Annual report on the health of the army in India
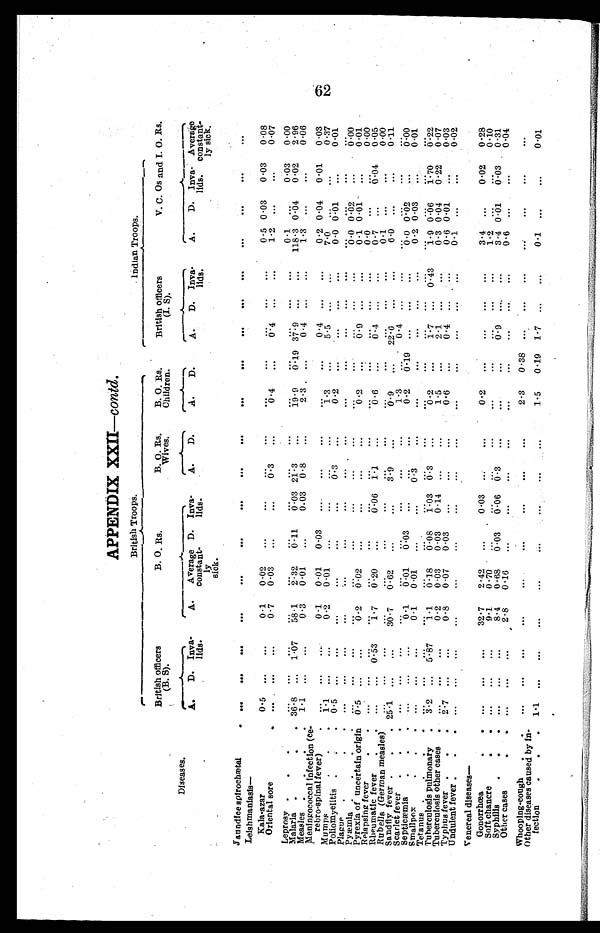
APPENDIX XXII... contd.
British Troops.
Indian Troops.
British officers
(B. S).
B. O. Rs.
B. O. Rs.
Wives.
B. O. Rs.
Children.
British officers
(I. S).
V. C. Os and I. O. Rs.
Diseases.
A. D. Inva...
lids.
A. Average
const ant...
sick.
D. Inva...
lids...
A.
D.
A. D.
A. D. Inva...
lids.
A.
D. Inva...
lids.
Average
constant...
sick.
Jaundice spirochœtal
. . . ...
. . .
...
. . . .
...
...
....
...
...
...
...
...
. . .
...
. ..
...
...
Leishmaniasis —
Kala...azar
0.5
0.1 0.02 ..
...
0.5 0 . 03 0 .03 0.08
Oriental sore
0.7 0 .03 ...
...
0.3 ...
0 . 4
0.4
1 . 2 ...
... 0.07
Leprosy .
..
' . .
0.1 . .
0 .03 0.00
Malaria .
. 36.8 . . . 1.07 58.1
2.32 0.11
0.03
2 1 . 3 ::
19.9
0.19
3 7 . 9 . . . . : ... 118.3 0.04 0 . 022.96
.
Measles
1.1
...
0.3 0.01 ...
0.03 0 . 8 ...
2.3. ...
0.4 ...
...
1.3 ...
...
0.06
.
.
.
.
Meningococcal Infection (ce...
...
0 .01 0 . 01 0.03
rebro...spinal fever) . ...
...
0.1 0.01 0 ...03 ....
...
...
0.4
0.2
0 . . . 37
Mumps
1.1
0 ...2 0 ...01 ...
...
7...0 .
6...61
0.01
Poliomyelitis .
. 0 . 5 ...
...
...
...
...
0.3
:::
0.2 ...
...
...
...
0.0 0.01 ... 0.01
Plague.
.
. . .
.,.
." ."
.
. '
...
...
... . . ... .
"'
...6...0 0 ... 62
...
0.00
Pyœmia .
.
.
. ...
...
...
.
...
...
0.0 0.02 . . . . . .
0 .00
Pyrexia of uncertain origin 0.5 ...
...
0 . 2 0.02 :::
...
...
...
0 . 2
0.9
0.1 0.01 ...
0.01
Relapsing feve
...
. . .
0.0 ...
...
0.00
Rheumatic fever :
.
. . : :
. . : . .
0 . 5 3
1 . 7
0.20 ...
0.06
1 . 1
0 . 6
0.4 ...
. . . 0.7 ...
0.040.05
Rubella (German measles)
...
...
...
0..1 ...
...
0.00
Sandfly fever
25.1
. . .
. . .
3 0 . 7
0.62 ...
...
3 . 9
...
0 . 9
... 22.6
...
. . .
6.0 ...
... 0.11
Scarlet fever.
.
. . . .. . ...
.... . .
. . .
. . .
1 . 3 ... . 0.4 ...
. . . ...
...
. . . .
. . .
Septicœmia
.
. .
. . .
. . .
. . .
. . . 6. . . 1 6 : 01 6 :03 ...
...
. . .
02 0 . 19 ...
...
. ..
60
. . . 0
2
0
0 ...
2
03
Smallpox
.
. ...
...
...
0.1 0.01 ...
...
0:
...
...
...
...
...
...
0..01
.
Tetanus
.
....
.1.70 0.22
.
TuberculosisPulmonaiy
3 . 2 ...
5 . 8 7
1 . 1
0.18 0.08
1.03
0 . 3
...
0.2
...
1.7 ...
0 . 4 3
1 . 9 0.06 1.700.22
Tuberculosis other cases .
.
...
...
0.2 0.03 0 .03 0.14 ...
...
1.5 ...
2.1.
0.3 0.04
0.22 0.07
Typhus fever
.
2.7 ...
...
0.8 0.07 0 . 03 ...
...
0.6
0.4 ...
0.6
0.1
0 .01 „.
0.08
Undulent fever .
. .
. . .
. . .
. . .
. . .
. . .
. . .
...
...
...
...
...
...
...
0.02
Venereal diseases
—
Gonorrhœa
32.7 2.42 . . .
...
0.03 ...
. "
0.2 ...
...
...
...
3.4 ...
0.02 0.28
0.10
Soft chancre
9.1 0.7
...
...
0.9
...
. . .
1.2 . .
0 ."01
0.03 0 .31
Syphilis
.
...
...
8.4 0.68 0.03
0.06 0. 3 :::
...
..., ...
3.4
0.04
Other cases
. .
. . .
...
. .
.2.8 0 . 16 ...
...
...
...
...
" .
. " ' . .
0.6 ...
...
Whooping...cough .
...
...
...
...
...
...
...
...
...
2.3 0.38 ...
...
...
...,
...
...
...
Other diseases caused by in...
fection
.
.
.
1 . 1 ... ...
. ...
.
1.5 0 . 19 1 . 7 ...
...
0.1 ...
...
0.01
62